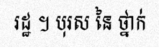
រដ្ឋ ។ បុរស នៃ ថ្នាក់